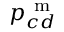
p _ { c d } ^ { \mathrm { ~ m ~ } }